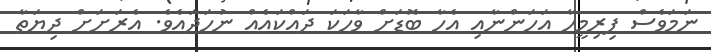
ނަމަވެސް ފިރިމީހާ އަހަންނާއި އެހާ ބޮޑަށް ވާހަކަ ދައްކައެއް ނުހަދައެވެ. އެރަށަށް ދިޔަތާ